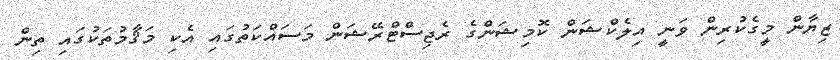
ޒިޔާން މީގެކުރިން ވަނީ އިލެކްޝަން ކޮމިޝަންގެ ރެޖިސްޓްރޭޝަން މަސައްކަތުގައި އެކި މަޤާމުތަކުގައި ތިން